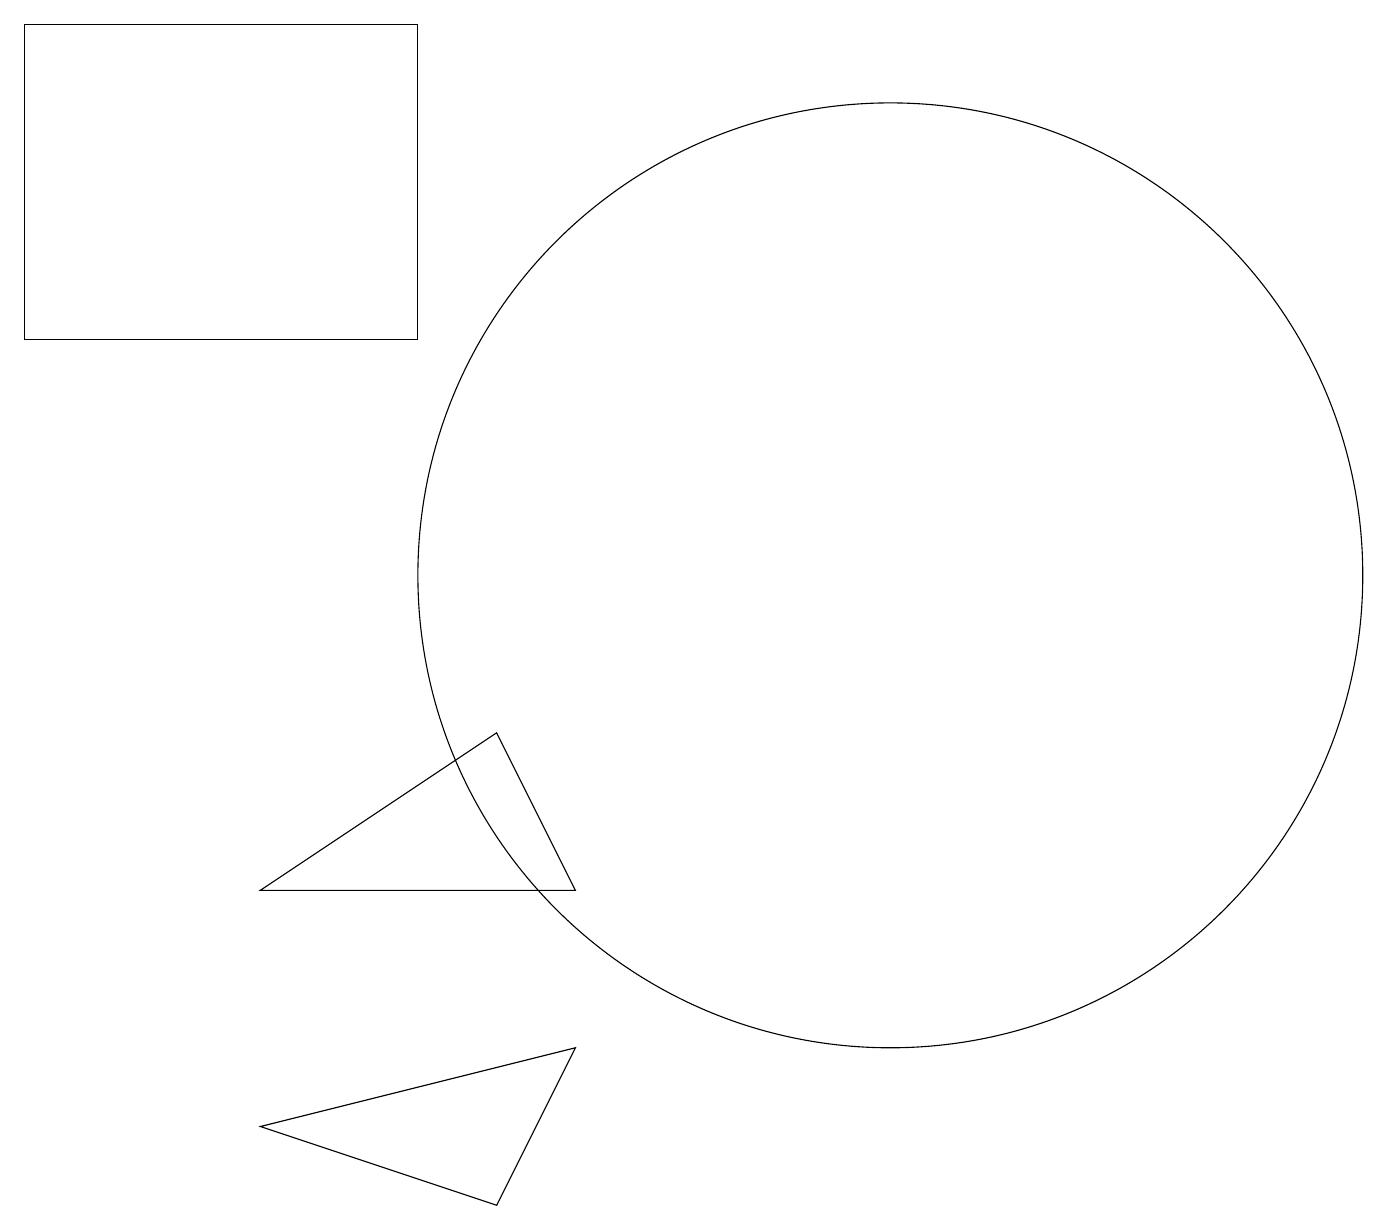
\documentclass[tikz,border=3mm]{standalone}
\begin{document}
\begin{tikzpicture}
\draw (12,11) circle (6);
\draw (8,5) -- (7,3) -- (4,4) -- cycle;
\draw (1,14) rectangle (6,18);
\draw (4,7) -- (7,9) -- (8,7) -- cycle;
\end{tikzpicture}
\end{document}